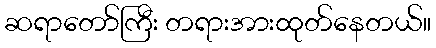
ဆရာတော်ကြီး တရားအားထုတ်နေတယ်။